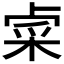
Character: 𨤐